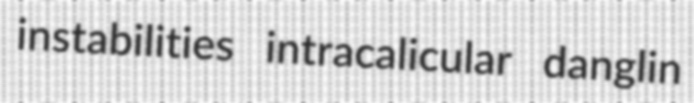
instabilities intracalicular danglin